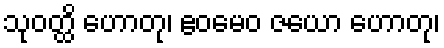
သုဝတ္ထိ ဟောတု၊ ဧဝမေဝ ဇယော ဟောတု၊